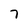
Character: 7